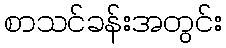
စာသင်ခန်းအတွင်း